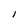
Character: 1